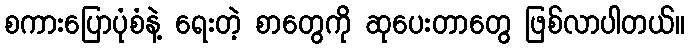
စကားပြောပုံစံနဲ့ ရေးတဲ့ စာတွေကို ဆုပေးတာတွေ ဖြစ်လာပါတယ်။